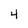
Character: 4